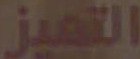
التميز